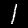
Digit: 1